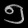
Digit: ၅